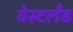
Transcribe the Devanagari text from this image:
वेस्टलँड